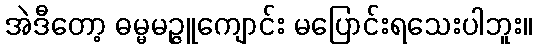
အဲဒီတော့ ဓမ္မမဉ္ဇူကျောင်း မပြောင်းရသေးပါဘူး။